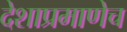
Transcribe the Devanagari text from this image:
देशाप्रमाणेच